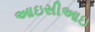
આઇસીઆઇ